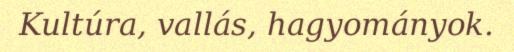
Kultúra, vallás, hagyományok.